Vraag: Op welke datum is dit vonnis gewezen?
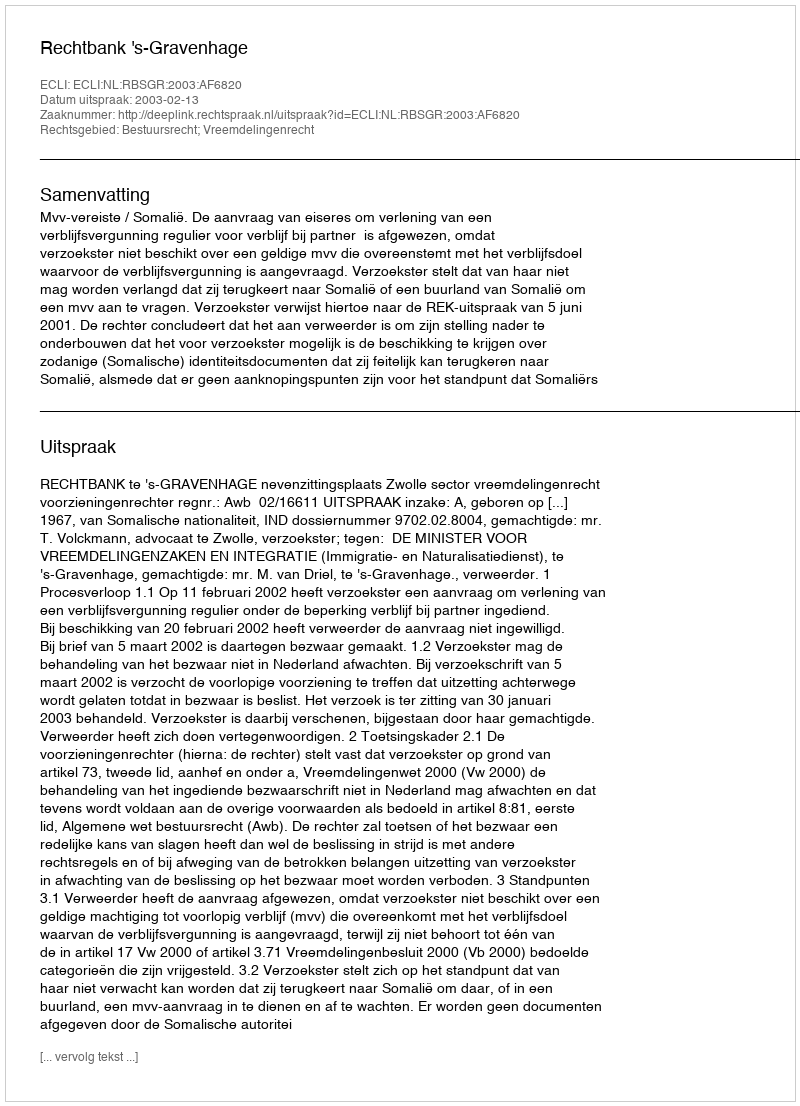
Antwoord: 2003-02-13